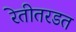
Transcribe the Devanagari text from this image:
रेतीतरडत